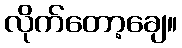
လိုက်တော့ချေ။